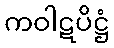
ကဝါဋပိဋ္ဌံ